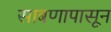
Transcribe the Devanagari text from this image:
साबणापासून